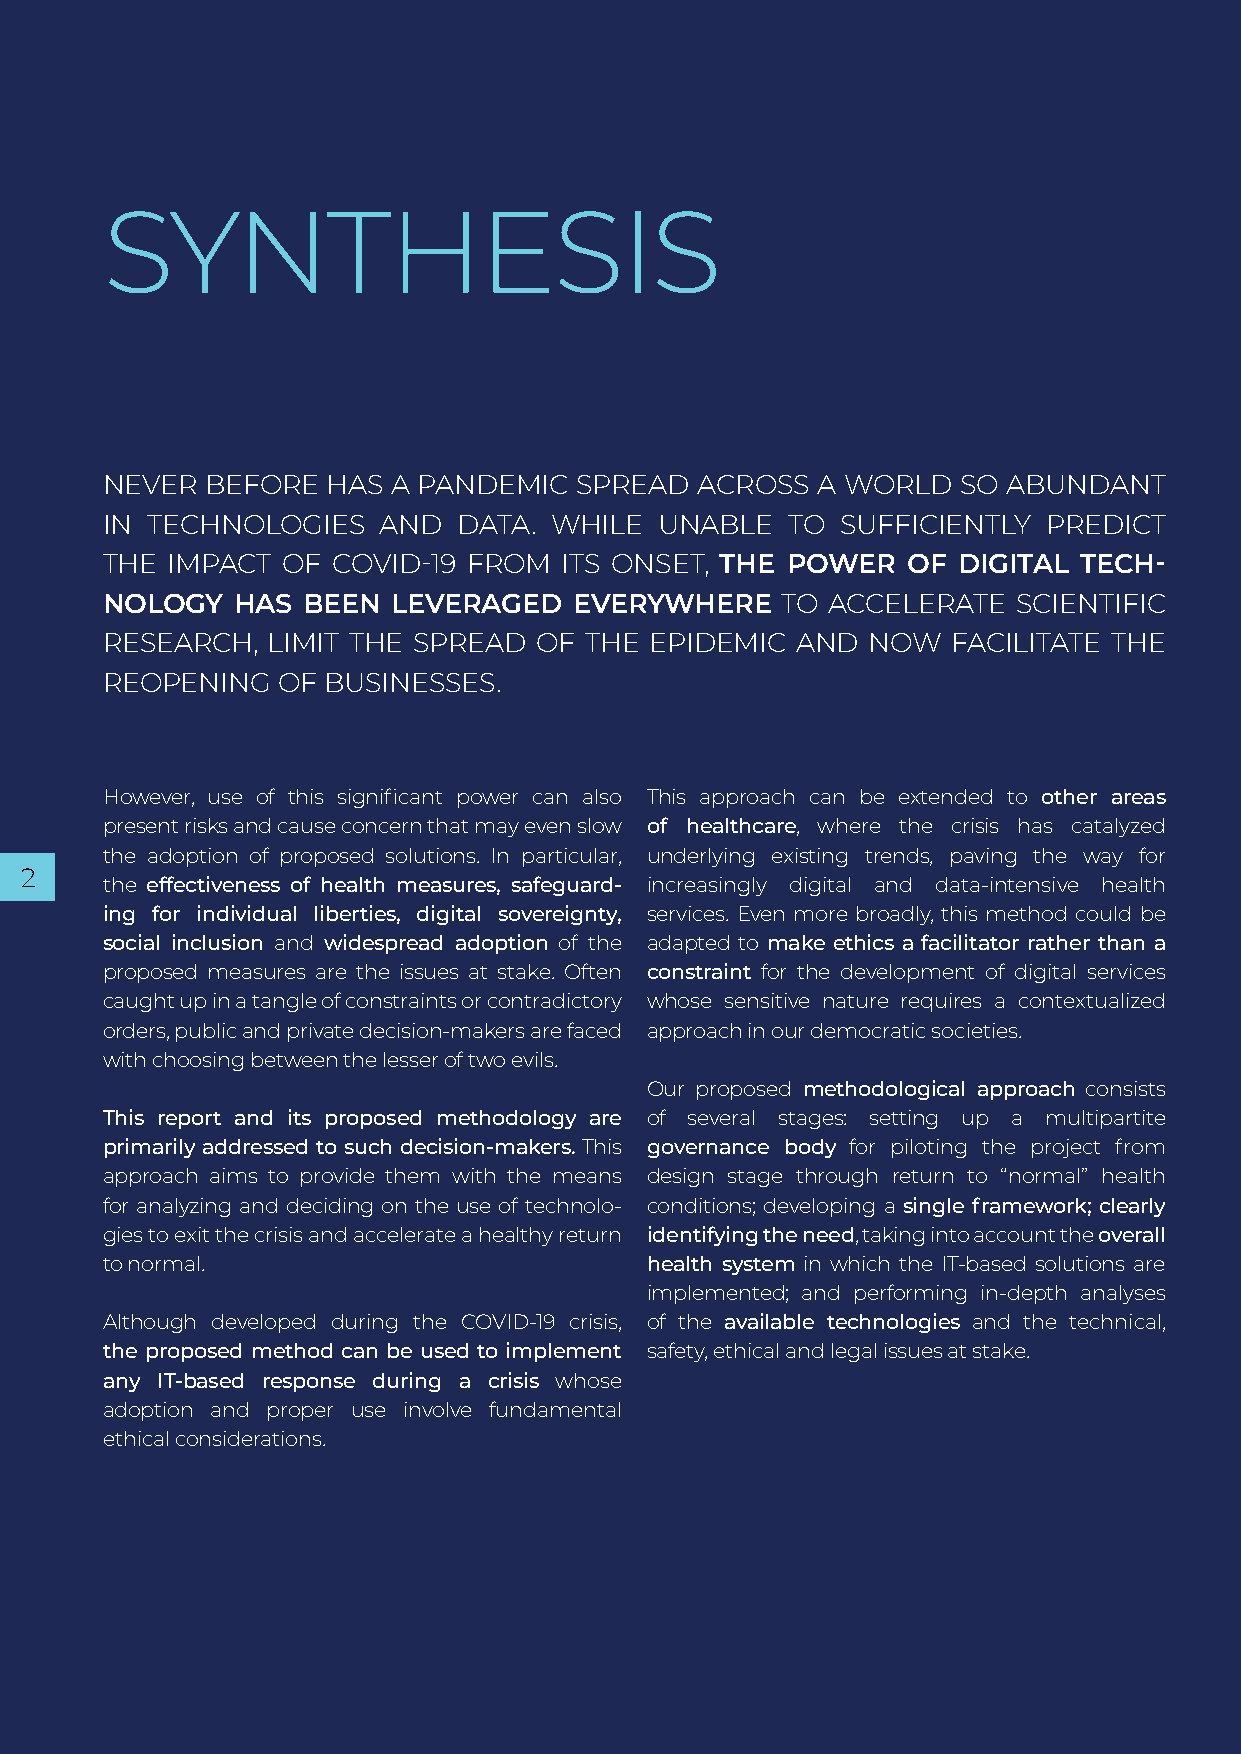
SYNTHESIS
 NEVER  BEFORE  HAS A PANDEMIC  SPREAD  ACROSS  A WORLD   SO ABUNDANT
 IN TECHNOLOGIES   AND  DATA. WHILE   UNABLE  TO  SUFFICIENTLY PREDICT
 THE IMPACT  OF COVID-19 FROM  ITS ONSET, THE POWER   OF DIGITAL TECH­
 NOL OGY  HAS BEEN  LEVERAGED   EVERYWHERE    TO ACCELERATE  SCIENTIFIC
 RESEARCH,  LIMIT THE SPREAD  OF THE EPIDEMIC  AND  NOW  FACILITATE THE
 REOPENING  OF BUSINESSES.
 However, use of this significant power can also This approach can be extended to other areas
 present risks and cause concern that may even slow of healthcare, where the crisis has catalyzed
 the adoption of proposed solutions. In particular, underlying existing trends, paving the way for
 2
 the effectiveness of health measures, safeguard­ increasingly digital and data-intensive health
 ing for individual liberties, digital sovereignty, services. Even more broadly, this method could be
 social inclusion and widespread adoption of the adapted to make ethics a facilitator rather than a
 proposed measures are the issues at stake. Often constraint for the development of digital services
 caught up in a tangle of constraints or contradictory whose sensitive nature requires a contextualized
 orders, public and private decision-makers are faced approach in our democratic societies.
 with choosing between the lesser of two evils.
 Our proposed methodological approach consists
 This report and its proposed methodology are of several stages: setting up a multipartite
 primarily addressed to such decision­makers. This governance body for piloting the project from
 approach aims to provide them with the means design stage through return to “normal” health
 for analyzing and deciding on the use of techn olo- conditions; developing a single framework; clearly
 gies to exit the crisis and accelerate a healthy return identifying the need, taking into account the overall
 to normal.                          health system in which the IT-based solutions are
 implemented; and performing in-depth analyses
 Although developed during the COVID-19 crisis, of the available technologies and the technical,
 the proposed method can be used to implement safety, ethical and legal issues at stake.
 any IT­based response during a crisis whose
 adoption and proper use involve fundamental
 ethical considerations.